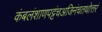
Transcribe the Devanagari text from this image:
कंबलंशाणपट्टंचअजिनंचतथोत्तरं